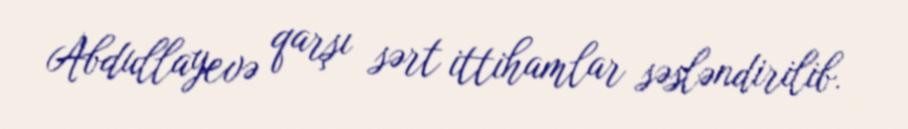
Abdullayevə qarşı sərt ittihamlar səsləndirilib.